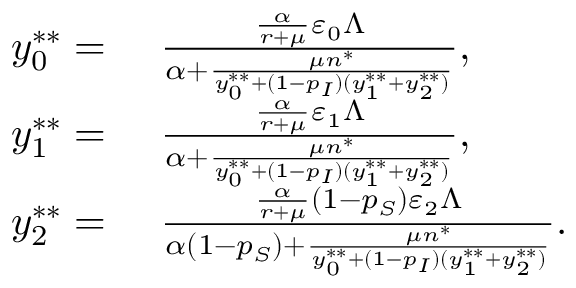
\begin{array} { r l } { y _ { 0 } ^ { * * } = } & { { } ~ \frac { \frac { \alpha } { r + \mu } \varepsilon _ { 0 } \Lambda } { \alpha + \frac { \mu n ^ { * } } { y _ { 0 } ^ { * * } + ( 1 - p _ { I } ) ( y _ { 1 } ^ { * * } + y _ { 2 } ^ { * * } ) } } , } \\ { y _ { 1 } ^ { * * } = } & { { } ~ \frac { \frac { \alpha } { r + \mu } \varepsilon _ { 1 } \Lambda } { \alpha + \frac { \mu n ^ { * } } { y _ { 0 } ^ { * * } + ( 1 - p _ { I } ) ( y _ { 1 } ^ { * * } + y _ { 2 } ^ { * * } ) } } , } \\ { y _ { 2 } ^ { * * } = } & { { } ~ \frac { \frac { \alpha } { r + \mu } ( 1 - p _ { S } ) \varepsilon _ { 2 } \Lambda } { \alpha ( 1 - p _ { S } ) + \frac { \mu n ^ { * } } { y _ { 0 } ^ { * * } + ( 1 - p _ { I } ) ( y _ { 1 } ^ { * * } + y _ { 2 } ^ { * * } ) } } . } \end{array}